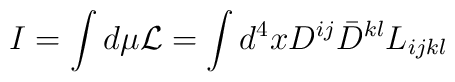
I= \int d \mu {\cal L} = \int d^4 x D^{ij} \bar{D}^{kl} L_{ijkl}